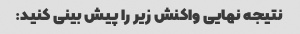
نتیجه نهایی واکنش زیر را پیش بینی کنید: